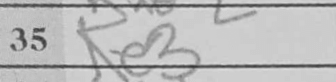
Transcription: Ke3